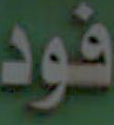
فود